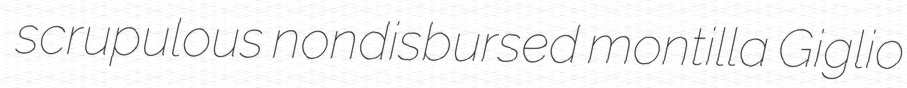
scrupulous nondisbursed montilla Giglio